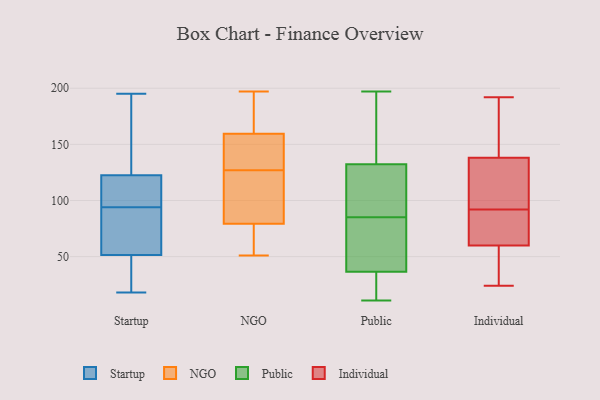
{"axis": {"x": "Revenue (USD Million)", "y": "Value"}, "legend": ["Individual", "NGO", "Public", "Startup"], "data": [{"x": "", "y": 181, "type": "Startup"}, {"x": "", "y": 114, "type": "Startup"}, {"x": "", "y": 32, "type": "Startup"}, {"x": "", "y": 117, "type": "Startup"}, {"x": "", "y": 65, "type": "Startup"}, {"x": "", "y": 142, "type": "Startup"}, {"x": "", "y": 109, "type": "Startup"}, {"x": "", "y": 70, "type": "Startup"}, {"x": "", "y": 68, "type": "Startup"}, {"x": "", "y": 38, "type": "Startup"}, {"x": "", "y": 128, "type": "Startup"}, {"x": "", "y": 79, "type": "Startup"}, {"x": "", "y": 18, "type": "Startup"}, {"x": "", "y": 113, "type": "Startup"}, {"x": "", "y": 35, "type": "Startup"}, {"x": "", "y": 195, "type": "Startup"}, {"x": "", "y": 139, "type": "NGO"}, {"x": "", "y": 80, "type": "NGO"}, {"x": "", "y": 118, "type": "NGO"}, {"x": "", "y": 187, "type": "NGO"}, {"x": "", "y": 143, "type": "NGO"}, {"x": "", "y": 67, "type": "NGO"}, {"x": "", "y": 174, "type": "NGO"}, {"x": "", "y": 175, "type": "NGO"}, {"x": "", "y": 55, "type": "NGO"}, {"x": "", "y": 51, "type": "NGO"}, {"x": "", "y": 127, "type": "NGO"}, {"x": "", "y": 197, "type": "NGO"}, {"x": "", "y": 79, "type": "NGO"}, {"x": "", "y": 78, "type": "NGO"}, {"x": "", "y": 139, "type": "NGO"}, {"x": "", "y": 165, "type": "NGO"}, {"x": "", "y": 123, "type": "NGO"}, {"x": "", "y": 138, "type": "NGO"}, {"x": "", "y": 83, "type": "NGO"}, {"x": "", "y": 34, "type": "Public"}, {"x": "", "y": 197, "type": "Public"}, {"x": "", "y": 11, "type": "Public"}, {"x": "", "y": 34, "type": "Public"}, {"x": "", "y": 47, "type": "Public"}, {"x": "", "y": 85, "type": "Public"}, {"x": "", "y": 137, "type": "Public"}, {"x": "", "y": 181, "type": "Public"}, {"x": "", "y": 68, "type": "Public"}, {"x": "", "y": 28, "type": "Public"}, {"x": "", "y": 101, "type": "Public"}, {"x": "", "y": 44, "type": "Public"}, {"x": "", "y": 112, "type": "Public"}, {"x": "", "y": 127, "type": "Public"}, {"x": "", "y": 134, "type": "Public"}, {"x": "", "y": 117, "type": "Individual"}, {"x": "", "y": 168, "type": "Individual"}, {"x": "", "y": 45, "type": "Individual"}, {"x": "", "y": 64, "type": "Individual"}, {"x": "", "y": 56, "type": "Individual"}, {"x": "", "y": 192, "type": "Individual"}, {"x": "", "y": 137, "type": "Individual"}, {"x": "", "y": 77, "type": "Individual"}, {"x": "", "y": 180, "type": "Individual"}, {"x": "", "y": 139, "type": "Individual"}, {"x": "", "y": 25, "type": "Individual"}, {"x": "", "y": 117, "type": "Individual"}, {"x": "", "y": 72, "type": "Individual"}, {"x": "", "y": 39, "type": "Individual"}, {"x": "", "y": 124, "type": "Individual"}, {"x": "", "y": 24, "type": "Individual"}, {"x": "", "y": 146, "type": "Individual"}, {"x": "", "y": 67, "type": "Individual"}, {"x": "", "y": 107, "type": "Individual"}, {"x": "", "y": 76, "type": "Individual"}]}